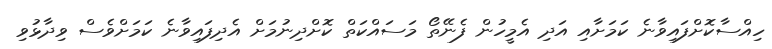
ހިއްސާކޮށްފައިވާނެ ކަމަށާއި އަދި އެމީހުން ފެނޭތޯ މަސައްކަތް ކޮށްދިނުމަށް އެދިފައިވާނެ ކަމަށްވެސް ވިދާޅުވި